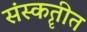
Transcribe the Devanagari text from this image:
संस्कॄतीत